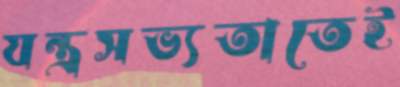
যন্ত্রসভ্যতাতেই